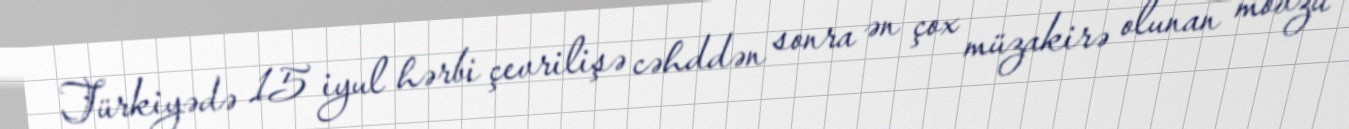
Türkiyədə 15 iyul hərbi çevrilişə cəhddən sonra ən çox müzakirə olunan mövzu